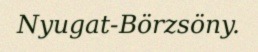
Nyugat-Börzsöny.